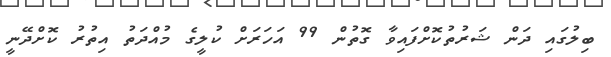
ބިލުގައި ދަން ޝަރުތުކޮށްފައިވާ ގޮތުން 99 އަހަރަށް ކުލީގެ މުއްދަތު އިތުރު ކޮށްދޭނީ